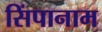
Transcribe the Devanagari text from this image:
सिंपानाम